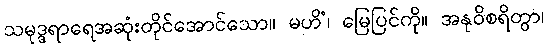
သမုဒ္ဒရာရေအဆုံးတိုင်အောင်သော။ မဟိံ၊ မြေပြင်ကို။ အနုဝိစရိတွာ၊